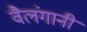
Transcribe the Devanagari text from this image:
वैलंगानी